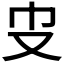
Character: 𠬥